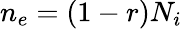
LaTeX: n_{e}=(1-r)N_{i}